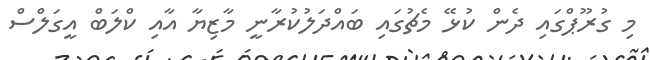
މި ގުރޫޕްގައި ދެން ކުޅޭ މެޗުގައި ބައްދަލުކުރާނީ މާޒިޔާ އާއި ކްލަބް އީގަލްސް